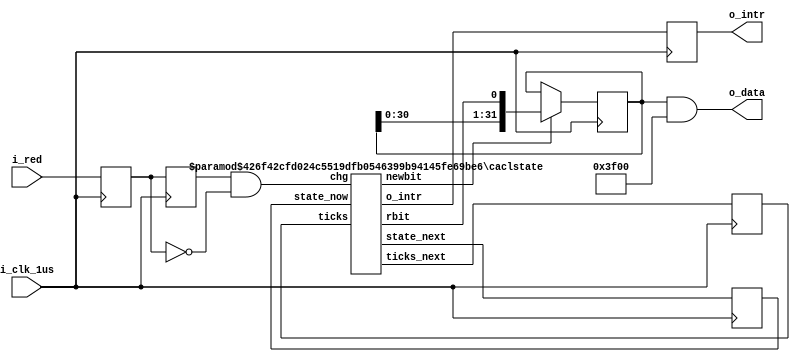
module RED_RECV
#(
	parameter NEG = 1'b1,
	parameter BOOT = 13350,
	parameter WIDTH0 = 1115,
	parameter WIDTH1 = 2230
)
(
  input i_clk_1us,
  input i_red,
  output [31:0] o_data,
  output reg o_intr
);

	reg red_now,red_last;
	reg [31:0] code;
	
	reg [15:0] ticks;
	reg [5:0] state;
	
	wire chg,rbit,intr_next,newbit;
	wire [5:0] state_next;
	wire [15:0] ticks_next;
	
	initial
	begin
		ticks = 0;
		state = 0;
		o_intr = 0;
	end

	caclstate #(6,16,BOOT,WIDTH0,WIDTH1) i0(
		.chg(chg),
		.ticks(ticks),
		.state_now(state),
		.state_next(state_next),
		.ticks_next(ticks_next),
		.rbit(rbit),
		.o_intr(intr_next),
		.newbit(newbit));

	assign chg = (red_last && !red_now);
	
	always@(posedge i_clk_1us)
	begin
		red_now <= i_red;
		red_last <= red_now;
		code <= newbit ? {code[30:0],rbit} : code;
		state <= state_next;
		ticks <= ticks_next;
		o_intr <= intr_next;
	end
	
	assign o_data = code & 32'b11_1111_0000_0000;
endmodule

module caclstate
#(
	parameter STATE_WIDTH = 6,
	parameter TICKS_WIDTH = 16,
	parameter BOOT = 13350,
	parameter WIDTH0 = 1115,
	parameter WIDTH1 = 2230
)
(
	input chg,
	input [TICKS_WIDTH-1:0] ticks,
	input [STATE_WIDTH-1:0] state_now,
	output reg [STATE_WIDTH-1:0] state_next,
	output [TICKS_WIDTH-1:0] ticks_next,
	output rbit,o_intr,newbit
);
	localparam IDEL = 6'b0;
	localparam BOOTSTART = 6'd1;
	localparam BIT0START = 6'd2;
	localparam BIT30START = 6'd32;
	localparam BIT31START = 6'd33;
	localparam DATAOK = 6'd34;
	
	wire bit0,bit1,bootok;
	reg illegal;
	
	assign rbit = bit1 ? 1'b1 : 1'b0;
	assign bit0 = (ticks - WIDTH0 < 16'd50 || WIDTH0 - ticks < 16'd50);
	assign bit1 = (ticks - WIDTH1 < 16'd50 || WIDTH1 - ticks < 16'd50);
	assign bootok = (ticks - BOOT < 16'd50 || BOOT - ticks < 16'd50);
	assign ticks_next = (state_next == IDEL) ? 1'b0 : (chg ? 1'b0 : ticks + 1'b1);
	assign o_intr = (state_next == DATAOK);
	assign newbit = (state_next != state_now && state_next > BIT0START  && state_next <= DATAOK);
	
	always@(state_now or ticks)
	if(state_now == DATAOK)
		illegal = 1;
	else if(state_now == BOOTSTART && ticks > BOOT + 16'd1000)
		illegal = 1;
	else if(state_now >= BIT0START && state_now <= BIT31START && ticks > WIDTH1 + 16'd1000)
		illegal = 1;
	else
		illegal = 0;	
	
	always@(state_now or ticks or bit0 or bit1 or chg or illegal or bootok)
	if(illegal)
		state_next = IDEL;
	else if(!chg)
		state_next = state_now;
	else if(state_now == IDEL)
	begin
		state_next = BOOTSTART;
	end
	else if(state_now == BOOTSTART)
	begin
		if(bootok)
			state_next = BIT0START;
		else
			state_next = IDEL;
	end
	else if(state_now >= BIT0START && state_now <= BIT31START)
	begin
		if(bit1 || bit0)
			state_next = state_now + 1'b1;
		else
			state_next = IDEL;
	end
	else
		state_next = IDEL;

endmodule